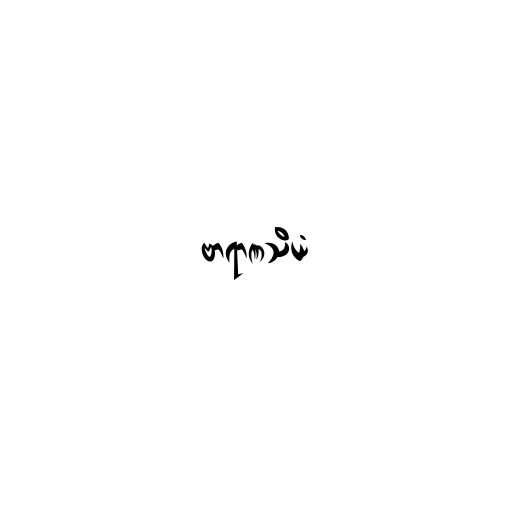
ဗာရာဏသိယံ